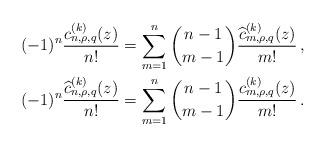
LaTeX: \begin{align*} (-1)^n\frac{c_{n,\rho,q}^{(k)}(z)}{n!}&=\sum_{m=1}^n\binom{n-1}{m-1}\frac{\widehat c_{m,\rho,q}^{(k)}(z)}{m!}\,,\\(-1)^n\frac{\widehat c_{n,\rho,q}^{(k)}(z)}{n!}&=\sum_{m=1}^n\binom{n-1}{m-1}\frac{c_{m,\rho,q}^{(k)}(z)}{m!}\,. \end{align*}